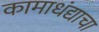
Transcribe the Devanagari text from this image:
कामाधंद्याचा